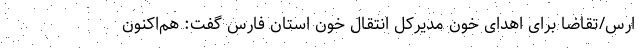
ارس/تقاضا برای اهدای خون مدیرکل انتقال خون استان فارس گفت: هم‌اکنون